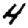
Digit: 4